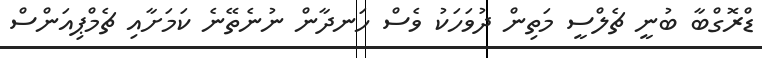
ޑްރޮގްބާ ބުނީ ޗެލްސީ މަތިން ދުވަހަކު ވެސް ހަނދާން ނުނެތޭނެ ކަމަށާއި ޗެމްޕިއަންސް